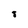
Character: 8